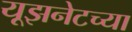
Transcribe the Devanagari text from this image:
यूझनेटच्या